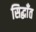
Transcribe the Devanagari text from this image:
सिद्धाँत